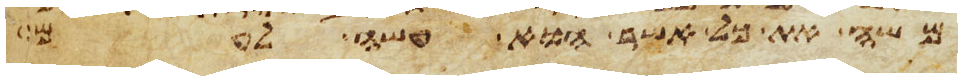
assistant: משה את כל אשר הוא עשה לעם